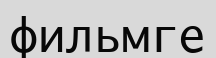
фильмге